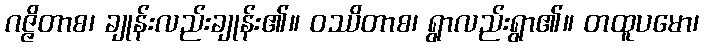
ဂဇ္ဇိတာစ၊ ချုန်းလည်းချုန်း၏။ ဝဿိတာစ၊ ရွာလည်းရွာ၏။ တထူပမော၊